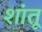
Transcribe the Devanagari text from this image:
शांतू